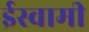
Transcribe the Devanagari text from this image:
ईस्वामी